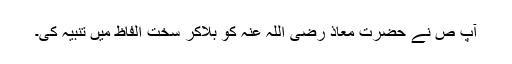
آپ ص نے حضرت معاذ رضی اللہ عنہ کو بلاکر سخت الفاظ میں تنبیہ کی۔